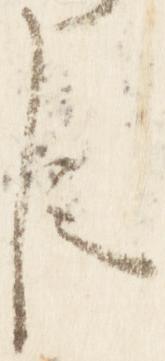
臣